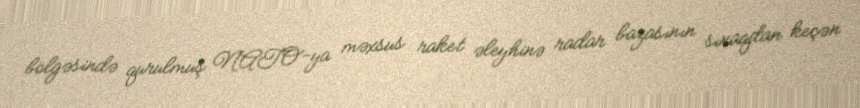
bölgəsində qurulmuş NATO-ya məxsus raket əleyhinə radar bazasının sınaqdan keçən